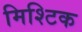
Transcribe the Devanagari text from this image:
मिश्टिक